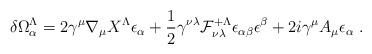
LaTeX: \begin{align*}\delta \Omega^\Lambda_\alpha=2\gamma^\mu\nabla_\mu X^\Lambda \epsilon_\alpha+{1 \over 2}\gamma^{\nu\lambda}{\cal F}^{+\Lambda}_{\nu\lambda} \epsilon_{\alpha \beta}\epsilon^\beta+2i\gamma^\mu A_\mu\epsilon_\alpha \ .\end{align*}